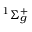
^ { 1 } \Sigma _ { g } ^ { + }